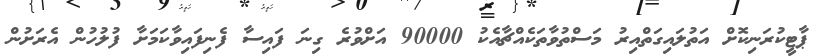
ޕާޓީކުރަނިކޮށް އަތުލައިގަތްއިރު މަސްތުވާތަކެއްޗާއެކު 90000 އަށްވުރެ ގިނަ ފައިސާ ފެނިފައިވާކަމަށާ ފުލުހުން އެރަށުން